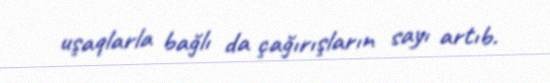
uşaqlarla bağlı da çağırışların sayı artıb.